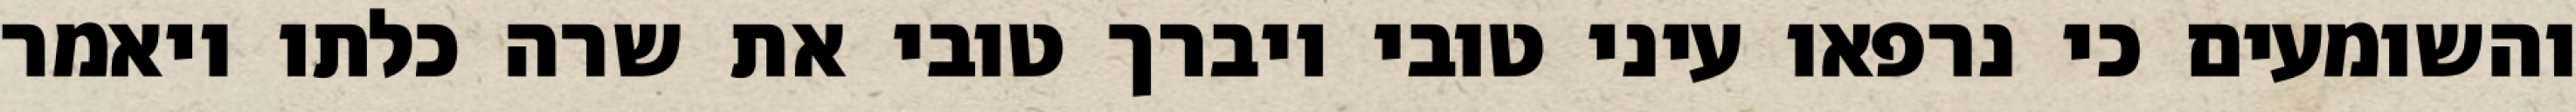
והשומעים כי נרפאו עיני טובי ויברך טובי את שרה כלתו ויאמר